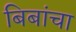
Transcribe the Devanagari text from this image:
बिबांचा